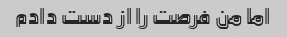
اما من فرصت را از دست دادم